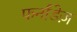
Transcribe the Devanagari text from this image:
फर्नांडेज़